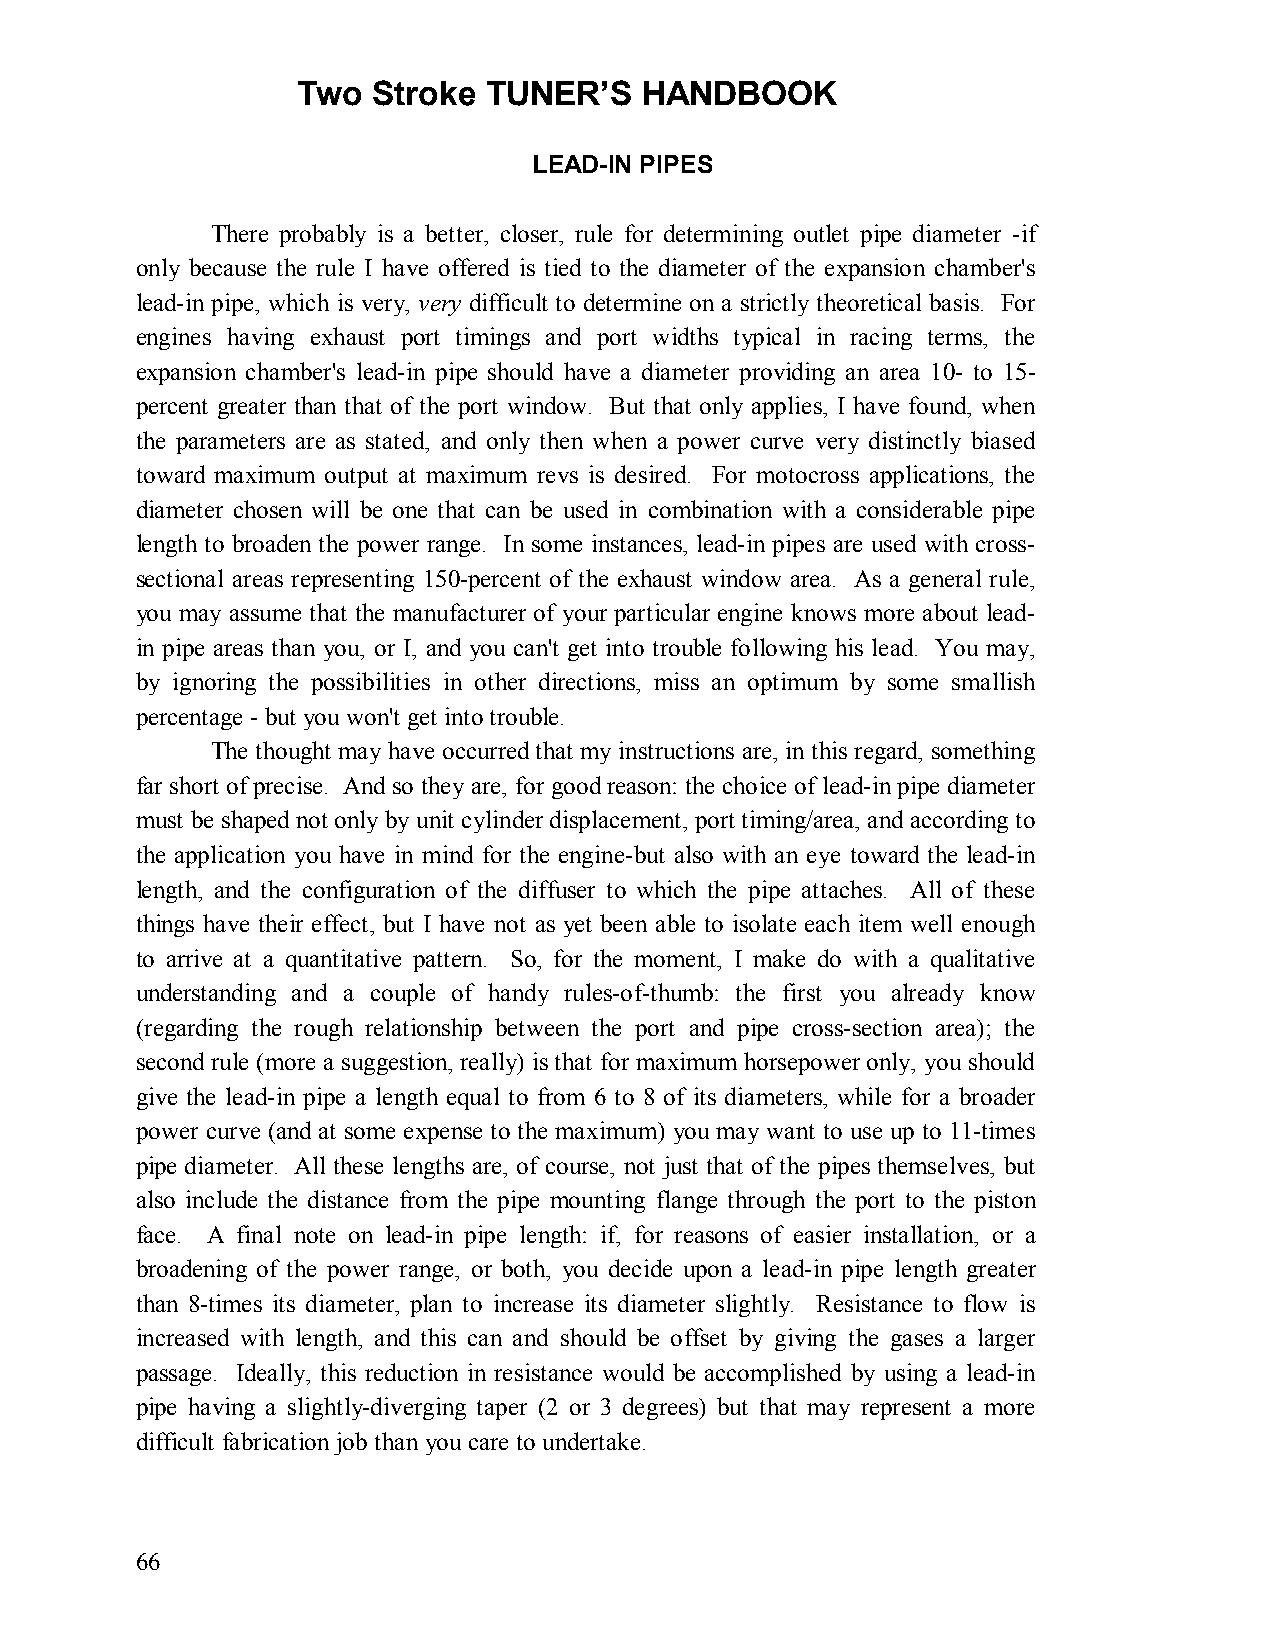
Two  Stroke TUNER’S   HANDBOOK
 LEAD-IN PIPES
 There probably is a better, closer, rule for determining outlet pipe diameter -if
 only because the rule I have offered is tied to the diameter of the expansion chamber's
 lead-in pipe, which is very, very difficult to determine on a strictly theoretical basis. For
 engines having exhaust port timings and port widths typical in racing terms, the
 expansion chamber's lead-in pipe should have a diameter providing an area 10- to 15-
 percent greater than that of the port window. But that only applies, I have found, when
 the parameters are as stated, and only then when a power curve very distinctly biased
 toward maximum output at maximum revs is desired. For motocross applications, the
 diameter chosen will be one that can be used in combination with a considerable pipe
 length to broaden the power range. In some instances, lead-in pipes are used with cross-
 sectional areas representing 150-percent of the exhaust window area. As a general rule,
 you may assume that the manufacturer of your particular engine knows more about lead-
 in pipe areas than you, or I, and you can't get into trouble following his lead. You may,
 by ignoring the possibilities in other directions, miss an optimum by some smallish
 percentage - but you won't get into trouble.
 The thought may have occurred that my instructions are, in this regard, something
 far short of precise. And so they are, for good reason: the choice of lead-in pipe diameter
 must be shaped not only by unit cylinder displacement, port timing/area, and according to
 the application you have in mind for the engine-but also with an eye toward the lead-in
 length, and the configuration of the diffuser to which the pipe attaches. All of these
 things have their effect, but I have not as yet been able to isolate each item well enough
 to arrive at a quantitative pattern. So, for the moment, I make do with a qualitative
 understanding and a couple of handy rules-of-thumb: the first you already know
 (regarding the rough relationship between the port and pipe cross-section area); the
 second rule (more a suggestion, really) is that for maximum horsepower only, you should
 give the lead-in pipe a length equal to from 6 to 8 of its diameters, while for a broader
 power curve (and at some expense to the maximum) you may want to use up to 11-times
 pipe diameter. All these lengths are, of course, not just that of the pipes themselves, but
 also include the distance from the pipe mounting flange through the port to the piston
 face. A final note on lead-in pipe length: if, for reasons of easier installation, or a
 broadening of the power range, or both, you decide upon a lead-in pipe length greater
 than 8-times its diameter, plan to increase its diameter slightly. Resistance to flow is
 increased with length, and this can and should be offset by giving the gases a larger
 passage. Ideally, this reduction in resistance would be accomplished by using a lead-in
 pipe having a slightly-diverging taper (2 or 3 degrees) but that may represent a more
 difficult fabrication job than you care to undertake.
 66